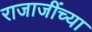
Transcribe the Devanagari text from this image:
राजाजींच्या